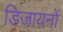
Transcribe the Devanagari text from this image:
डिजायनों